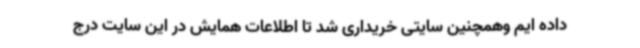
داده ایم وهمچنین سایتی خریداری شد تا اطلاعات همایش در این سایت درج